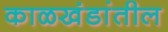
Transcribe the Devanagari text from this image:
काळखंडांतील